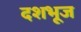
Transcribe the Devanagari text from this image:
दशभूज